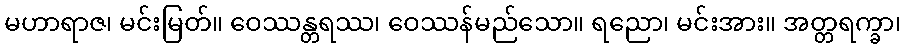
မဟာရာဇ၊ မင်းမြတ်။ ဝေဿန္တရဿ၊ ဝေဿန်မည်သော။ ရညော၊ မင်းအား။ အတ္တရက္ခာ၊